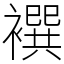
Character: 襈